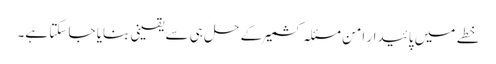
خطے میں پائیدار امن مسئلہ کشمیر کے حل ہی سے یقینی بنایا جا سکتا ہے۔